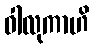
ဝါလုကာဟိ